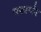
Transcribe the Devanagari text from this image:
परस्पंर